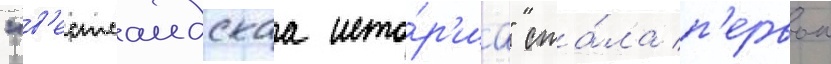
"в'естсаидскаа исто́р'иа" ста́ла п'ервои